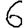
Digit: 6